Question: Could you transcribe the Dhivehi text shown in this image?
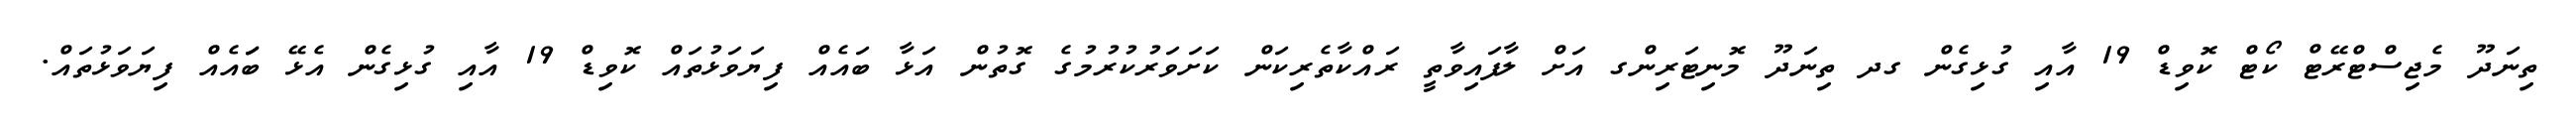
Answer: ތިނަދޫ މެޖިސްޓްރޭޓް ކޯޓް ކޮވިޑް 19 އާއި ގުޅިގެން ގދ ތިނަދޫ މޮނިޓަރިންގ އަށް ލާފައިވާތީ ރައްކާތެރިކަން ކަށަވަރުކުރުމުގެ ގޮތުން އަޅާ ބައެއް ފިޔަވަޅުތައް ކޮވިޑް 19 އާއި ގުޅިގެން އެޅޭ ބަައެއް ފިޔަވަޅުތައް.